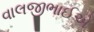
વાલજીભાઈએ